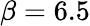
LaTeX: \beta=6.5